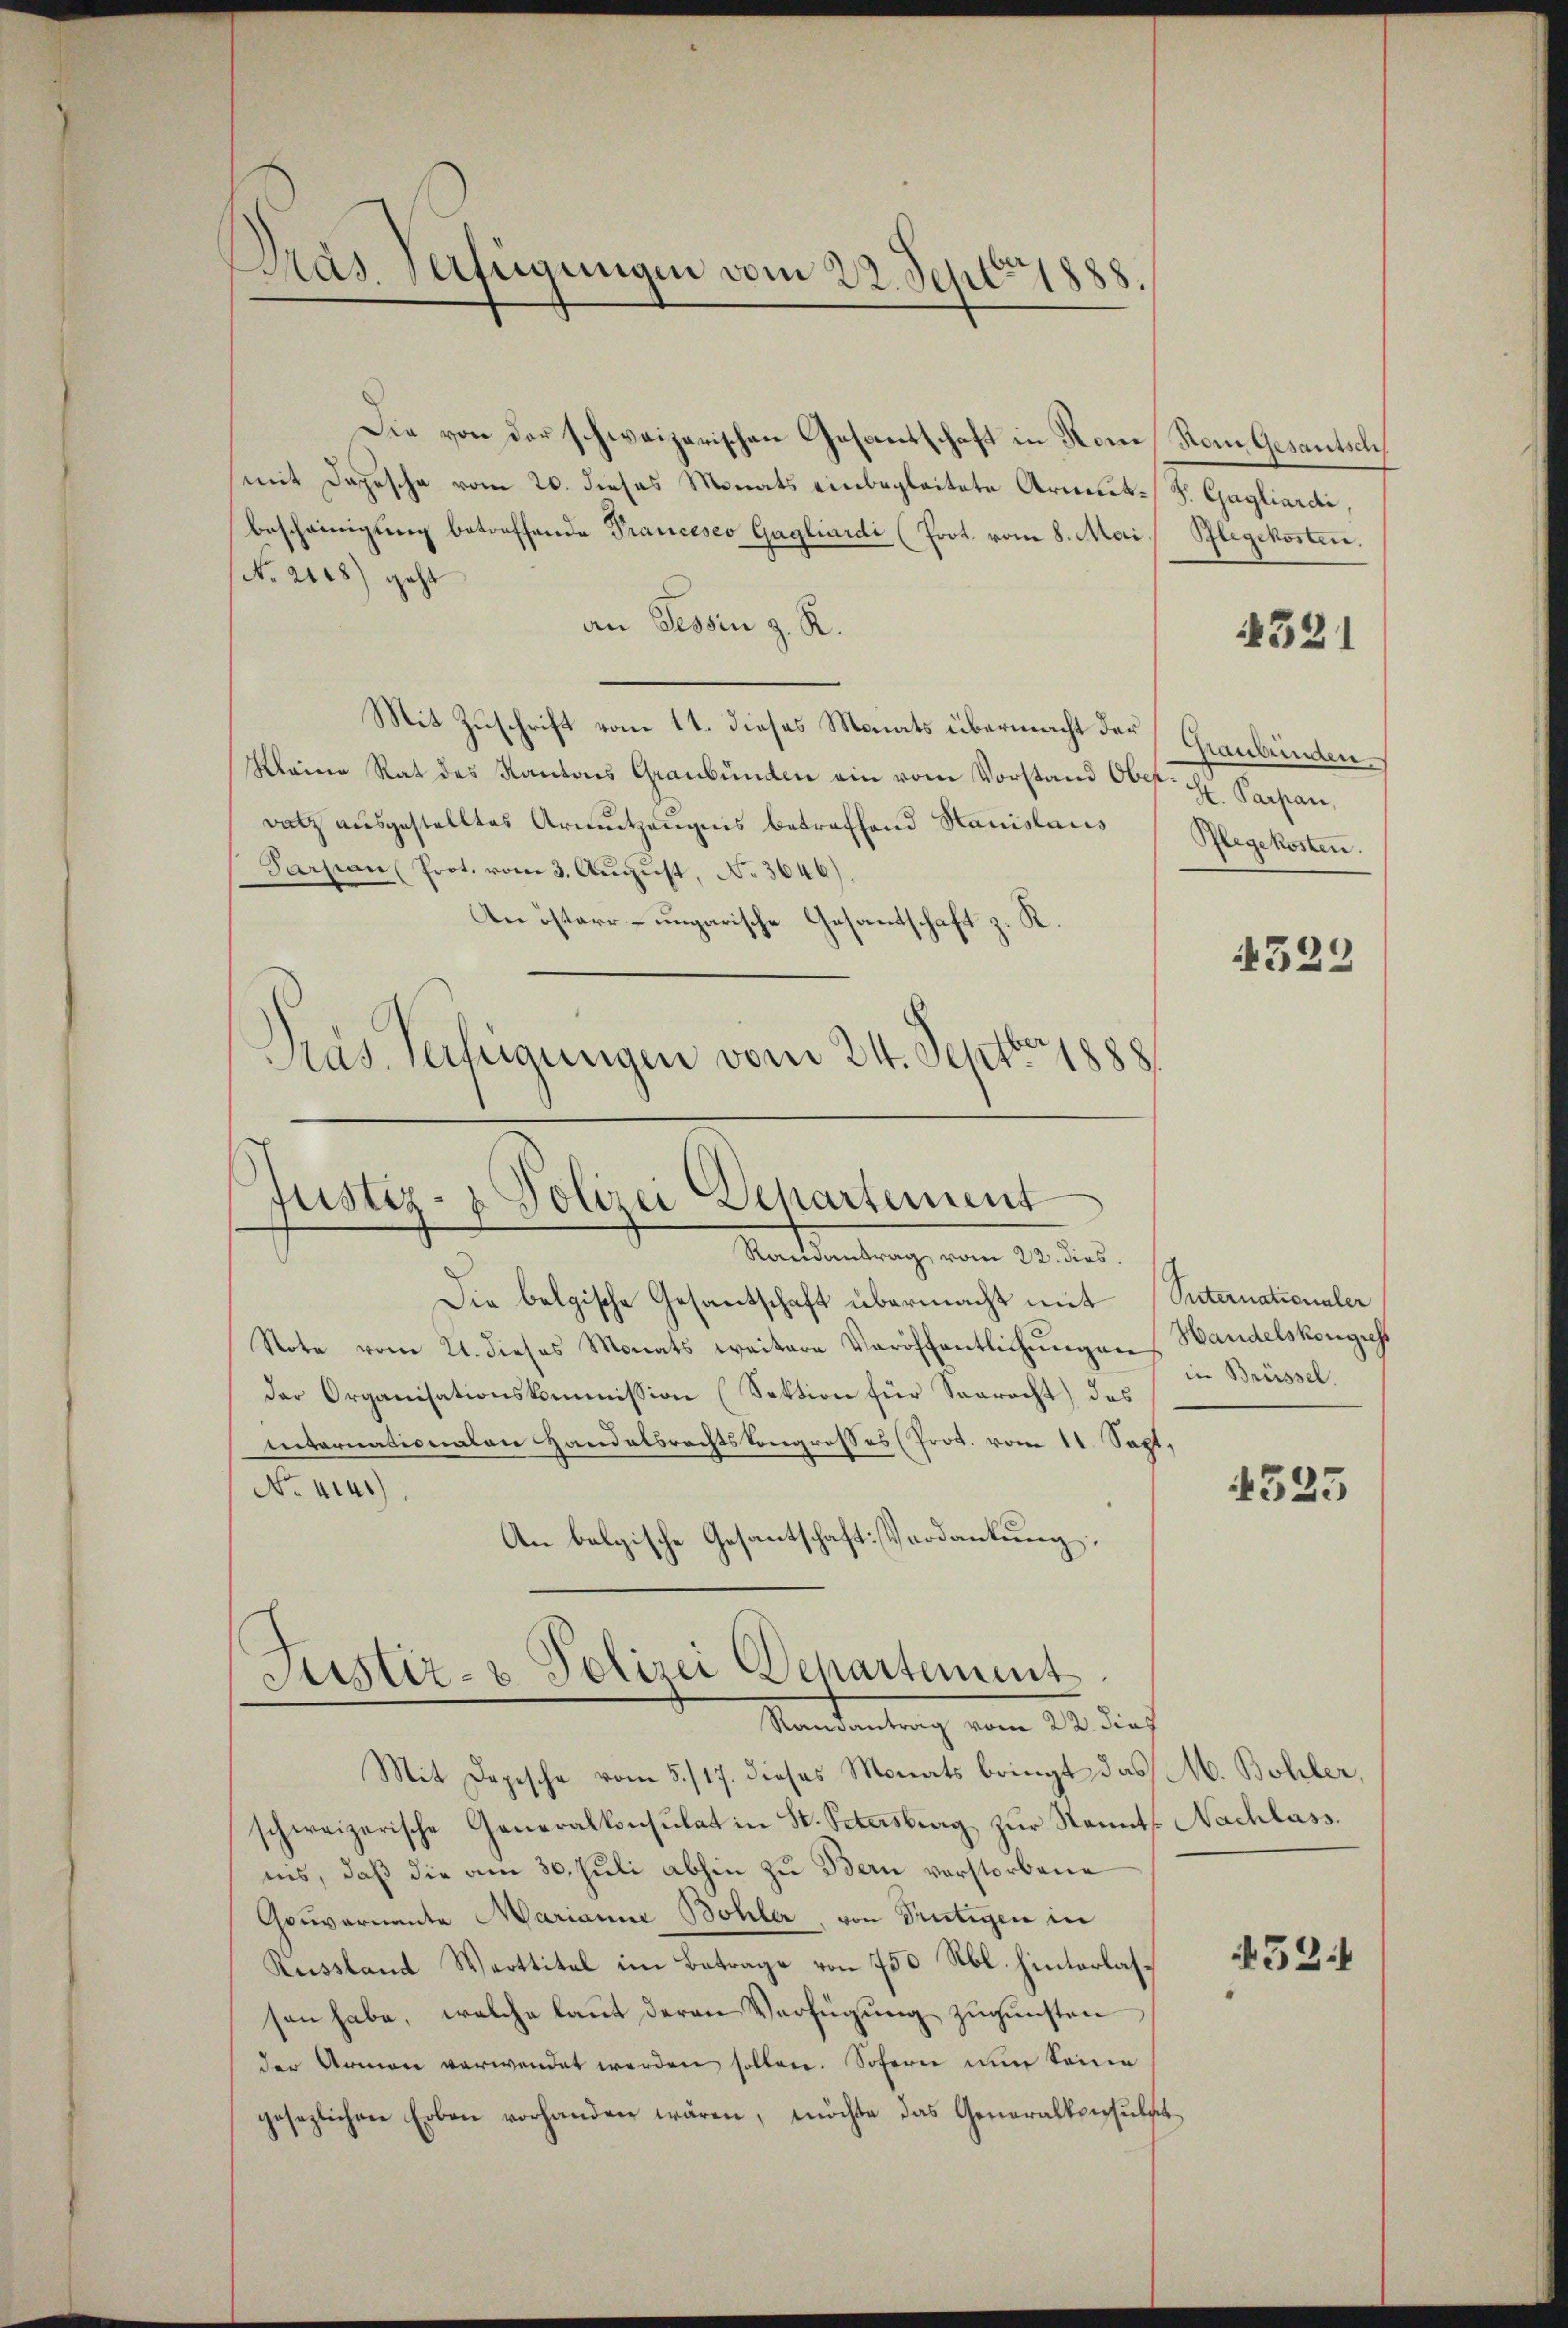
Pas verfügungen vom 22. Sept. 1888.

Die von der schweizerischen Gesantschaft in Rom Rom Gesantsch
mit Depesche vom 20. dieses Monats einbegleitete Armut. S. Gagliardi,
bescheinigung betreffende Prancesco Gagliardi (Prot. vom 8. Mai Pflegekosten.
No. 2118) geht
an Tessin z. R.
Mit Zuschrift vom 11. dieses Monats übermacht der
Kleine Rat des Kantons Graubünden ein vom Vorstand Ober- u Papan,
datz aŭsgestelltes Armŭtzeŭgnis betreffend Stanislaus Pflegekosten.
Parsian Prot. vom 3. August, No 3646).
An öster- ungarische Gesandtschaft z. R.
Pras Verfügungen vom 24. Septbr. 1888

s
d
Justiz- & Polizei Departement
Randantrag vom 22. dies

Die belgische Gesantschaft übermacht mit Suternationaler
Note vom 21. dieses Monats weitere Veröffentlichŭngen
der Organisationskommission (Sektion für Seerecht) des
Internationalen andelsrechtskongrosses (Prot. vom 11. Sept.
No. 4141)
An belgische Gesantschaft verdankung,

Justiz- & Polizei Departement
Mandantung vom 24. dies

Mit Depesche vom 5./17. dieses Monats bringt das M. Bohler,
schweizerische Generalkonsulat in St. Petersberg zur Kennt. Nachlass.
ins, daß die am 30. Juli abhin zu Bern vorstorbene
Gouvernante Marianna Bohler, von Trutigen in
Reissland Werttitel im Betrage von 750 Rbl. hinterlassen habe, welche laut deren Verfügung zugunsten
der Armen verwendet werden sollen. Sofern nun Seine
gesezlichen Erben vorhanden wären, möchte das Generalkonsulst

521

Graubünden

4329

Handelskongress
in Brüssel.

4325

521